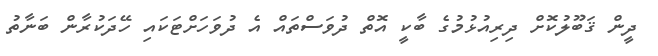
ދީން ޤަބޫލުކޮށް ދިރިއުޅުމުގެ ބާކީ އޮތް ދުވަސްތައް އެ ދުވަހަށްޓަކައި ހޭދަކުރާން ބަނާތު